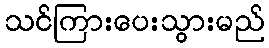
သင်ကြားပေးသွားမည်